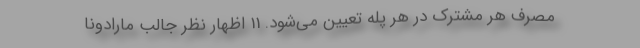
مصرف هر مشترک در هر پله تعیین می‌شود. 11 اظهار نظر جالب مارادونا